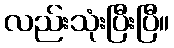
လည်းသုံးပြီးပြီ။